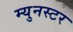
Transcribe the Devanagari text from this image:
म्युनस्टर